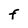
Character: F